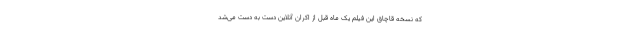
که نسخه قاچاق این فیلم یک ماه قبل از اکران آنلاین دست به دست می‌شد